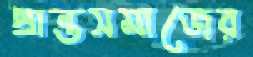
প্রান্তসমাজের